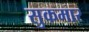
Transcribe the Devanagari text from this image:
सुकमार